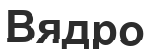
Вядро